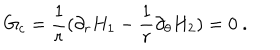
LaTeX: G _ { c } = \frac { 1 } { r } ( \partial _ { r } H _ { 1 } - \frac { 1 } { r } \partial _ { \theta } H _ { 2 } ) = 0 \ .